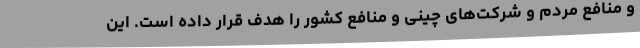
و منافع مردم و شرکت‌های چینی و منافع کشور را هدف قرار داده است. این